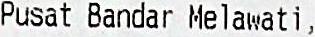
PUSAT BANDAR MELAWATI,